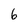
Character: 6